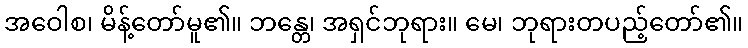
အဝေါစ၊ မိန့်တော်မူ၏။ ဘန္တေ၊ အရှင်ဘုရား။ မေ၊ ဘုရားတပည့်တော်၏။